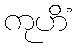
ကုဟိံ